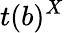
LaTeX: t(b)^{X}